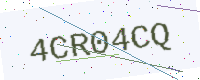
Text: 4CR04CQ